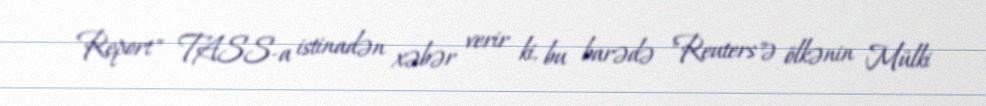
Report" TASS-a istinadən xəbər verir ki, bu barədə "Reuters"ə ölkənin Mülki